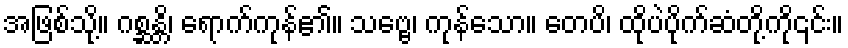
အဖြစ်သို့။ ဂစ္ဆန္တိ၊ ရောက်ကုန်၏။ သဗ္ဗေ၊ ကုန်သော။ တေပိ၊ ထိုပဲပိုက်ဆံတို့ကို၎င်း။